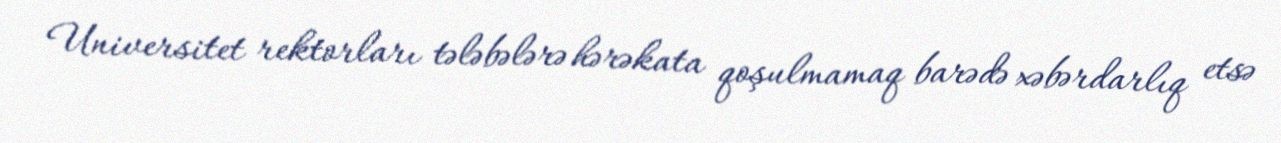
Universitet rektorları tələbələrə hərəkata qoşulmamaq barədə xəbərdarlıq etsə